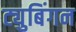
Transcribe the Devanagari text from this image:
ट्युबिंगन